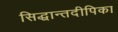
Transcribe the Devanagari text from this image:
सिद्धान्तदीपिका